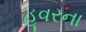
હૂવરના